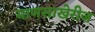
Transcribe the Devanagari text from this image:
माणसाखेरीज